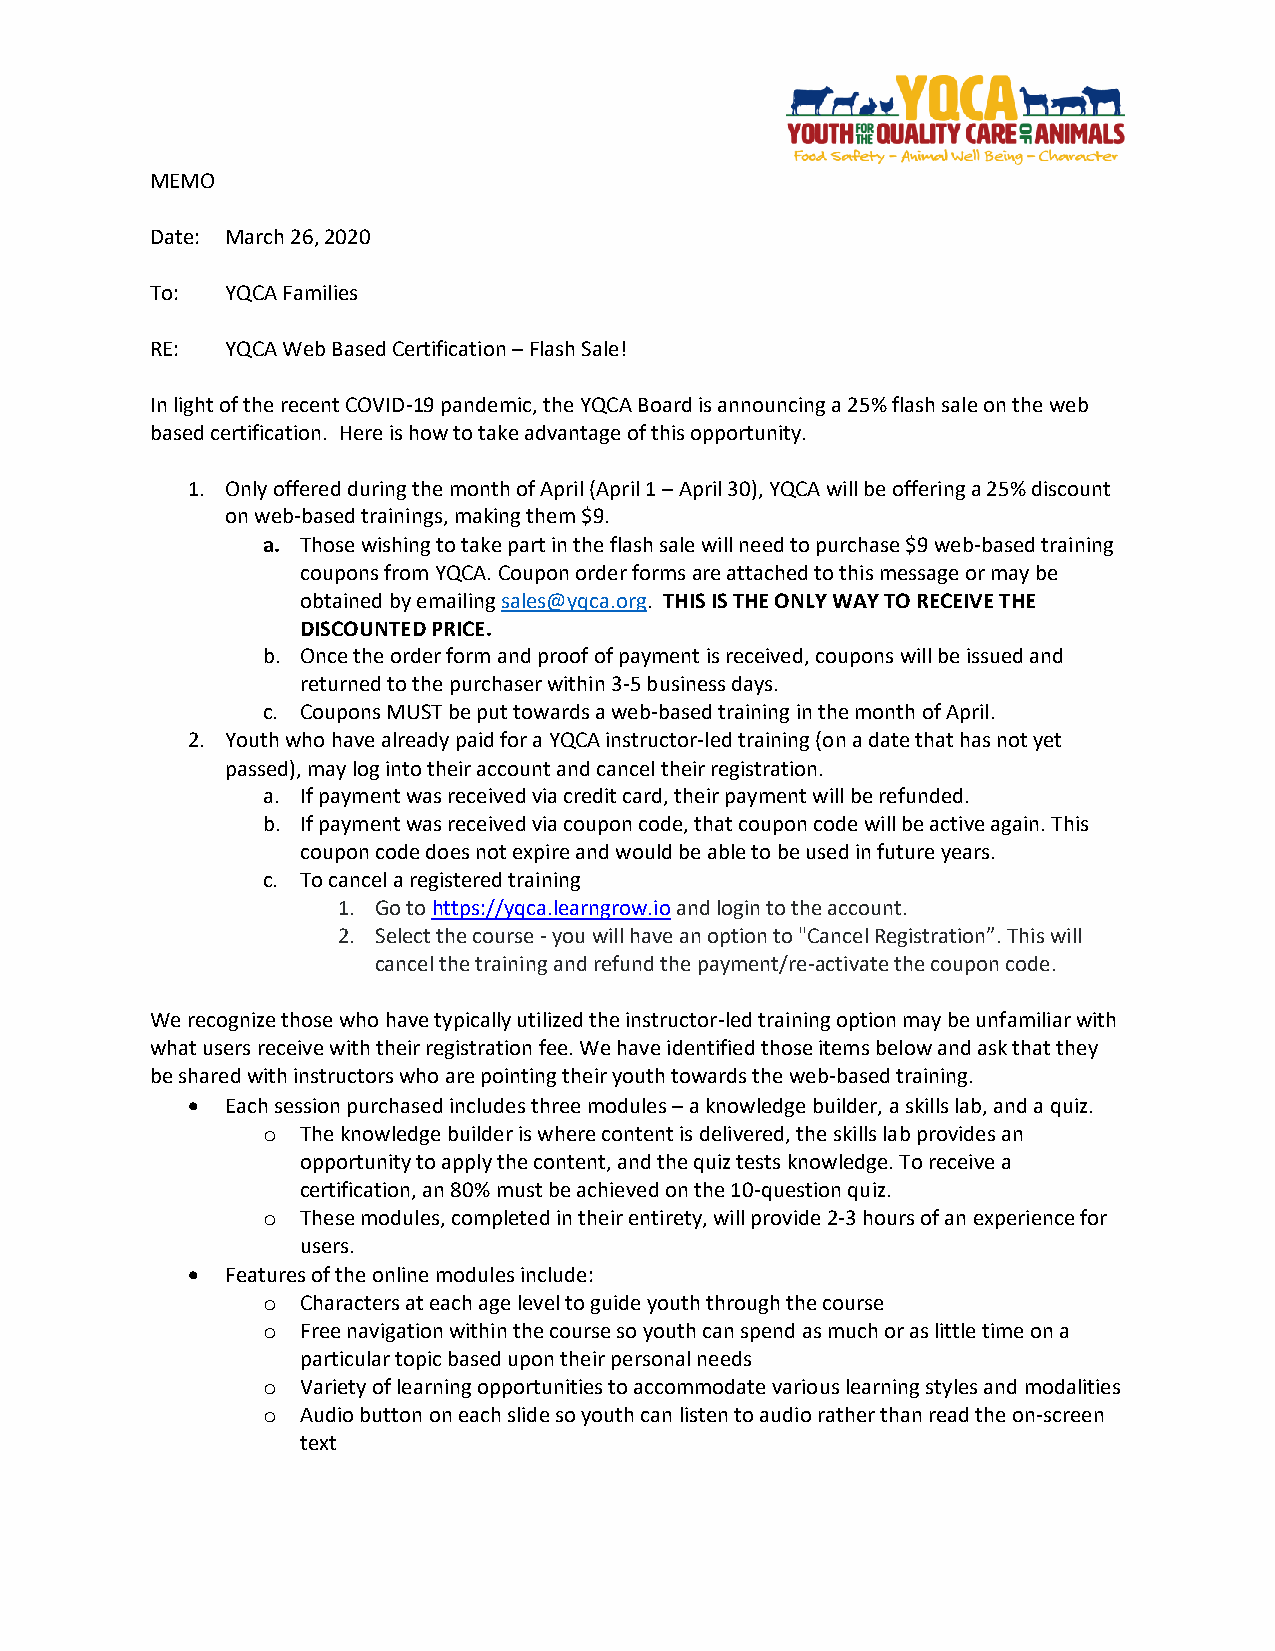
MEMO
 Date: March 26, 2020
 To:  YQCA Families
 RE:  YQCA Web Based Certification – Flash Sale!
 In light of the recent COVID-19 pandemic, the YQCA Board is announcing a 25% flash sale on the web
 based certification. Here is how to take advantage of this opportunity.
 1. Only offered during the month of April (April 1 – April 30), YQCA will be offering a 25% discount
 on web-based trainings, making them $9.
 a. Those wishing to take part in the flash sale will need to purchase $9 web-based training
 coupons from YQCA. Coupon order forms are attached to this message or may be
 obtained by emailing sales@yqca.org. THIS IS THE ONLY WAY TO RECEIVE THE
 DISCOUNTED PRICE.
 b. Once the order form and proof of payment is received, coupons will be issued and
 returned to the purchaser within 3-5 business days.
 c. Coupons MUST be put towards a web-based training in the month of April.
 2. Youth who have already paid for a YQCA instructor-led training (on a date that has not yet
 passed), may log into their account and cancel their registration.
 a. If payment was received via credit card, their payment will be refunded.
 b. If payment was received via coupon code, that coupon code will be active again. This
 coupon code does not expire and would be able to be used in future years.
 c. To cancel a registered training
 1. Go to https://yqca.learngrow.io and login to the account.
 2. Select the course - you will have an option to "Cancel Registration”. This will
 cancel the training and refund the payment/re-activate the coupon code.
 We recognize those who have typically utilized the instructor-led training option may be unfamiliar with
 what users receive with their registration fee. We have identified those items below and ask that they
 be shared with instructors who are pointing their youth towards the web-based training.
 •  Each session purchased includes three modules – a knowledge builder, a skills lab, and a quiz.
 o  The knowledge builder is where content is delivered, the skills lab provides an
 opportunity to apply the content, and the quiz tests knowledge. To receive a
 certification, an 80% must be achieved on the 10-question quiz.
 o  These modules, completed in their entirety, will provide 2-3 hours of an experience for
 users.
 •  Features of the online modules include:
 o  Characters at each age level to guide youth through the course
 o  Free navigation within the course so youth can spend as much or as little time on a
 particular topic based upon their personal needs
 o  Variety of learning opportunities to accommodate various learning styles and modalities
 o  Audio button on each slide so youth can listen to audio rather than read the on-screen
 text